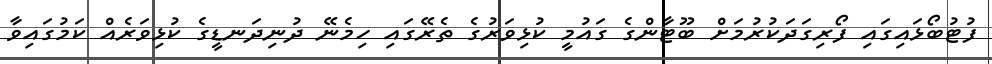
ފުޓުބޯޅަައިގައި ފޯރިގަދަކުރުމަށް ބޫޓާންގެ ގައުމީ ކުޅިވަރުގެ ތެރޭގައި ހިމެނޭ ދުނިދަނޑީގެ ކުޅިވަރެއް ކަމުގައިވާ